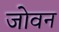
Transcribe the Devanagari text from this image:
जोवन